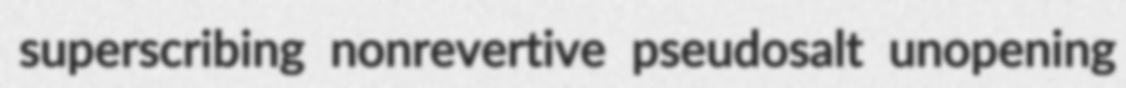
superscribing nonrevertive pseudosalt unopening